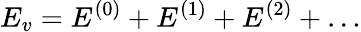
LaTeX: E_{v}=E^{(0)}+E^{(1)}+E^{(2)}+\ldots